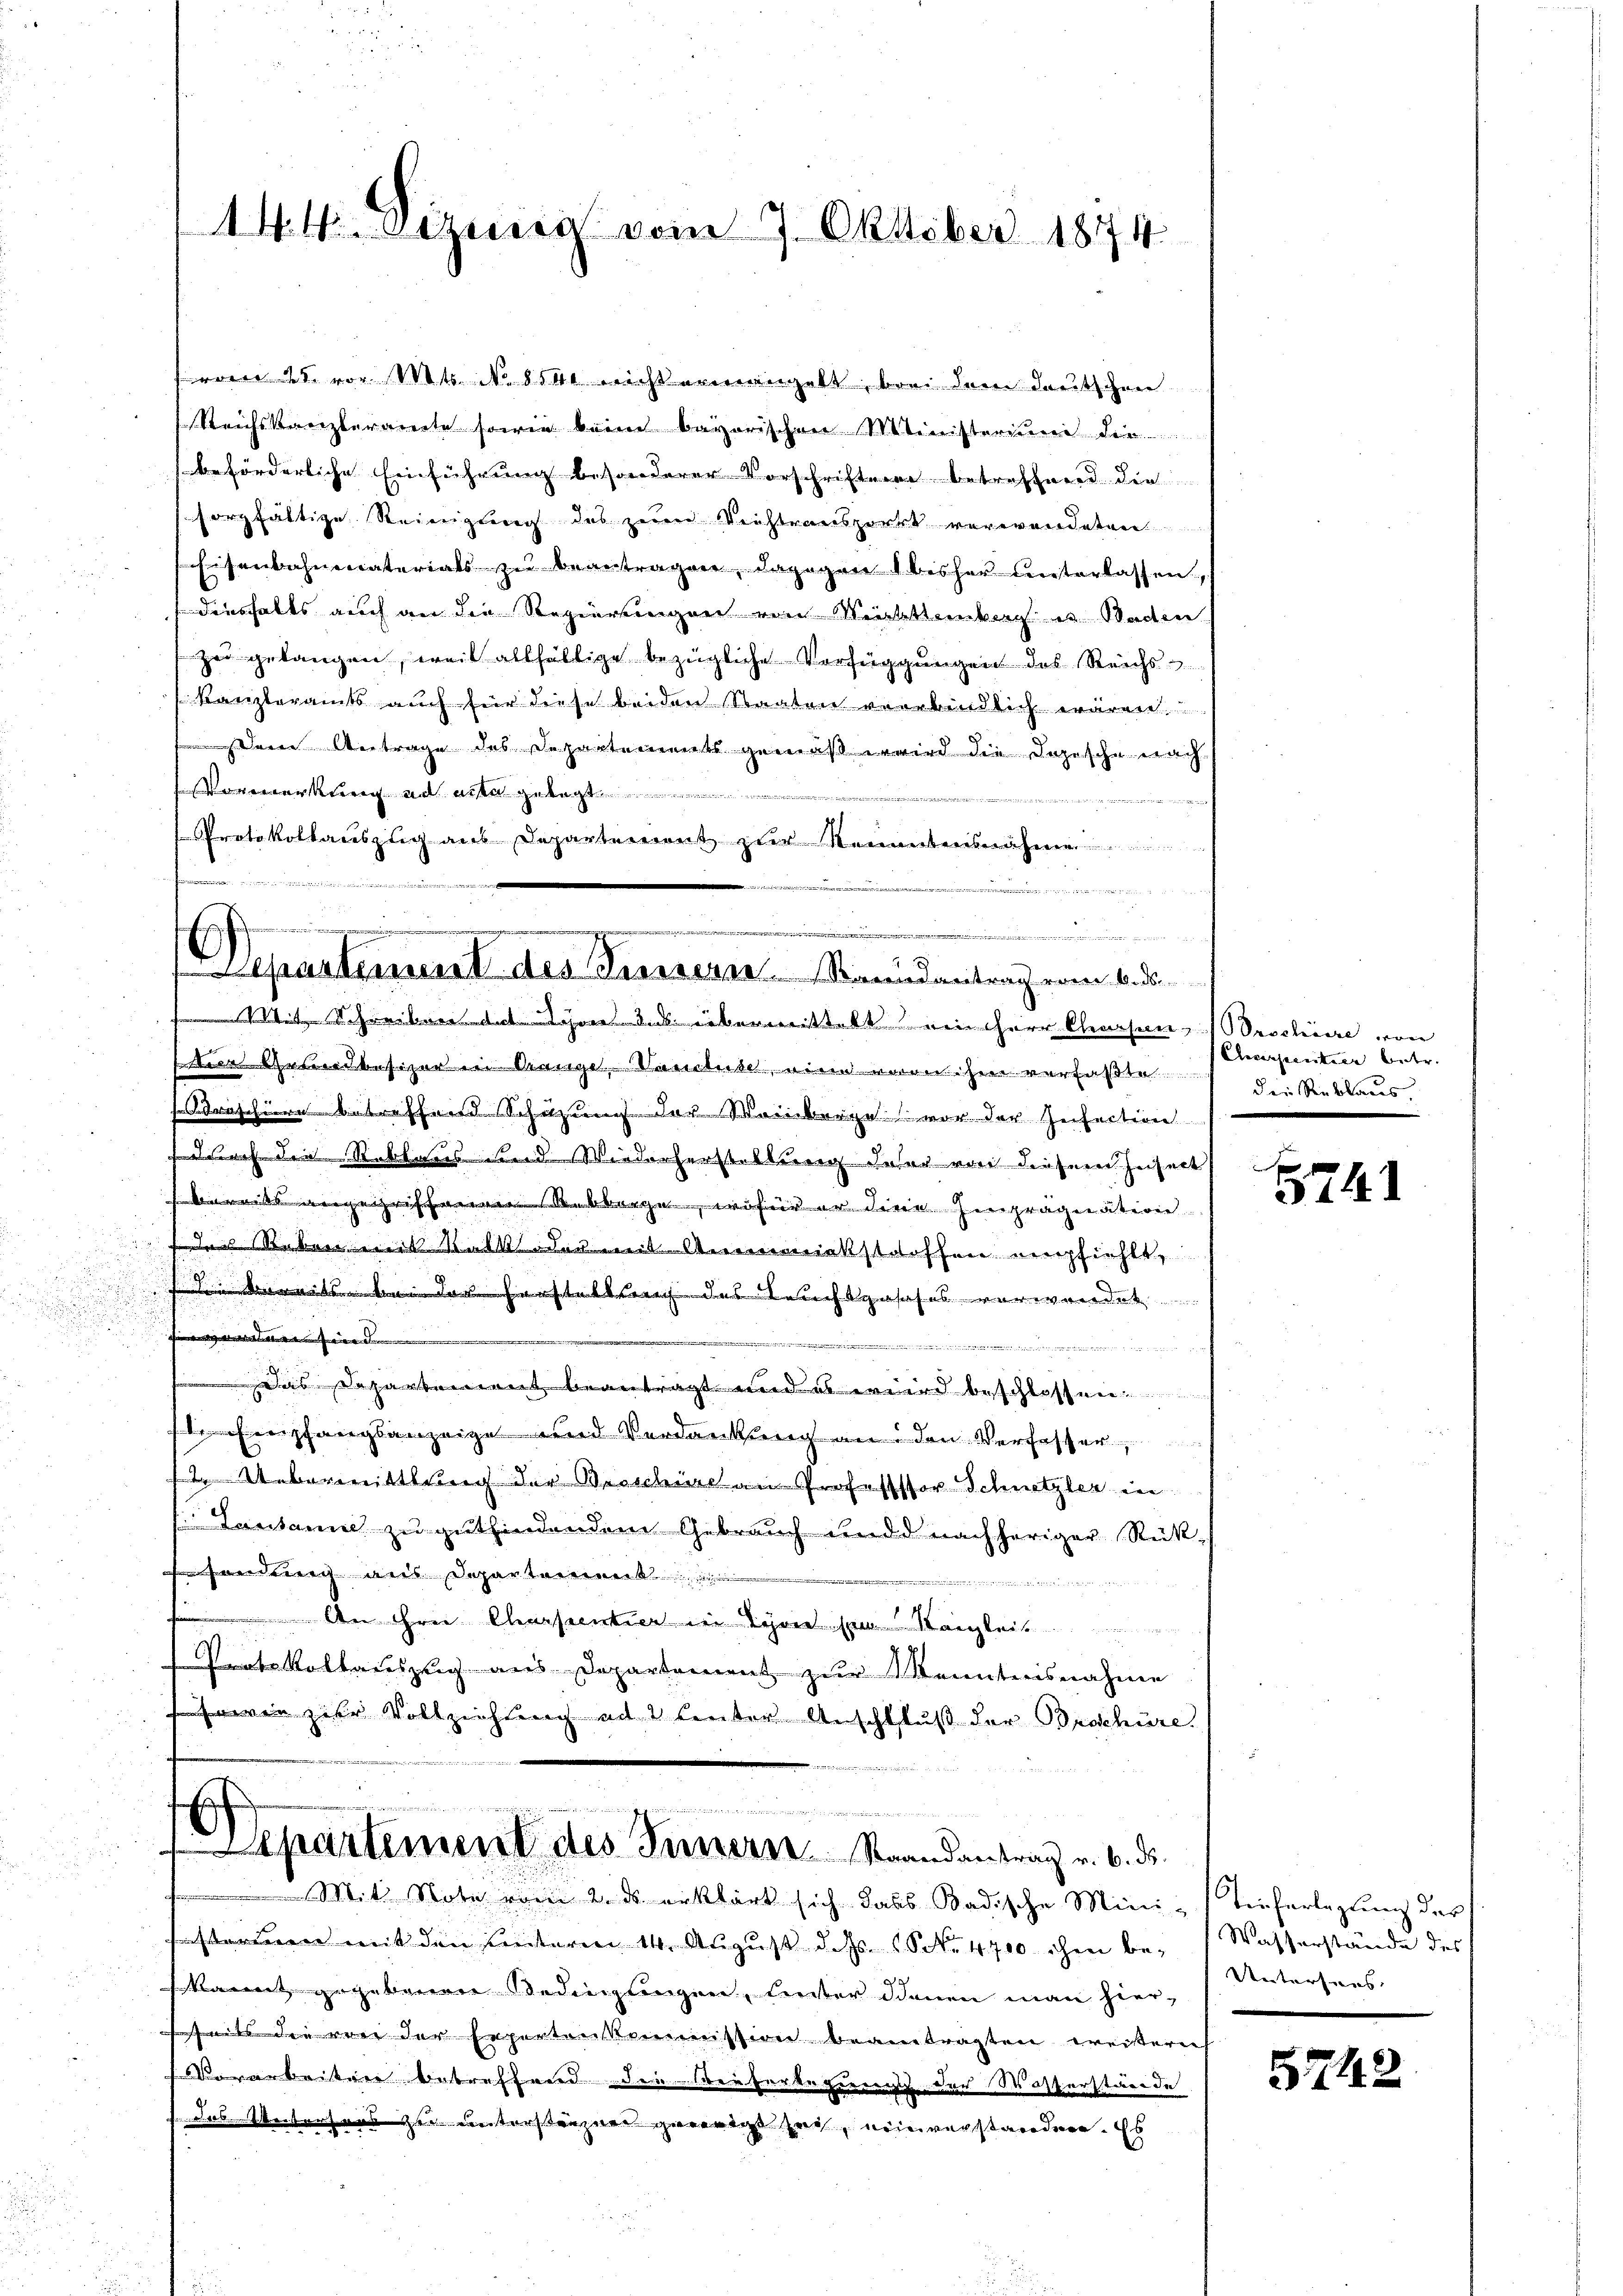
u

u

144 Sitzung vom 7. Oktober 1874.

vom 25. vor. Mts. No 8540 nicht ermangelt, bei dem deutschen
Reichskanzleramte sowie keine bayerischen Ministerium die
beförderliche Einführung besonderer Vorschriften betreffend die
sorgfältige Reinigung des zum Weistransport verwendeten
Eisenbahnenaterials zu beantragen, dagegen 1 bisher unterlassen,
deshalts auch an die Regierungen von Meistenbach es Baden
zu gelangen, weil allfältige bezügliche Verfügungen des Reichs
Ranzteramts auch für diese beiden Staaten verbindlich wären
 Vertrage des Departements gemäß wird die Logische nach
er ..............
Protokollauszug aus Departement zur Neuantensnähmen
.
 gegen

) Gemein
datirte

Separtement des Innern. Staundantrag vom 6. ds

MMit Schreiben dat Lohne das übermittelt ein Herr Chrasen Brochüre von
war in Gangel Paulus, und einen zu verfaßte
raschiere betreffend Schützung der Weinberge vor der Insection
f durch die Rubtaus und Wiederherstellung daher von diesem Insect
beide gegriffenen Rebbarge, wofür er die Einprägnation
den Reben eines Kalk oder mit Ausmietstoffen empfiehlt,
fd. bereits se
di es seine den |
n
Das Departement beantragt und es wird beschlossen.
 Empfangsanzeige und Verdankung an den Verfasser
2. Uebermittlung der Broschüre an Professor Schnetzler in
Lausanne zu gutfindendem Gebrauch und nachheriger Rükandung aus Departement

An Frei Charpentier in Lyon sein Nagleit
Protokollauszug aus Departement zur kenntnisnahme
wenn zur Vollzeichtung ad 2 lauter Anschluß der Broschüre.
 N. 11
Separtement des Innern Strandantrag v. 6. ds.
Mit Note vom 2. ds erklärt sich dass Badische Mini-Tieferlegung der
n mit den unterm 14. August d. Js. (S. 4700 ihm be-  Wasserstände der
kannt gegebenen Bedingungen, unter denen man hier-
s mit die vor der Expertonskommission beantragten weisern
Vorarbeiten betreffend den Seiterbeginnt das Wasserstände
das Unterhaus der Karterstrazner gewordet sich, eine verstandern. Es

Eheverpentier betr.
die Reblaus,

5741

Unterhaus

5742